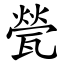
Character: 甇